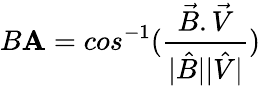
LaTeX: B\mathbf{A}=cos^{-1}(\frac{{\vec{{B}}.\vec{{V}}}}{{|\hat{{B}}||\hat{{V}}|}})